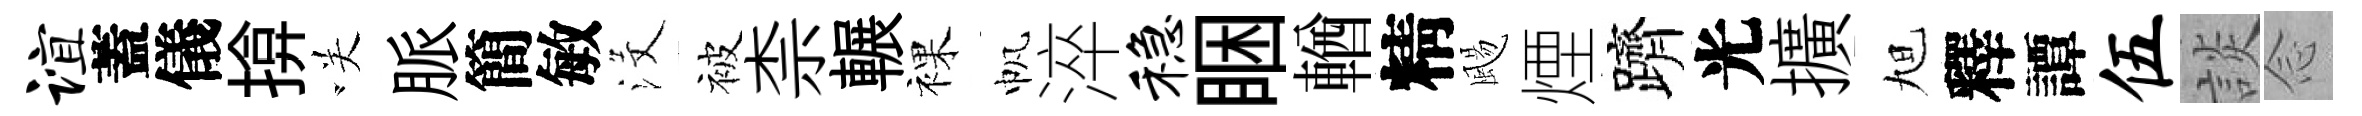
谊蓋儀揜咲脈簡敏沒被柰輾裸帆淬稳睏輶精颺煙躋光擴旭釋譚伍談𫝹